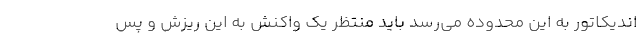
اندیکاتور به این محدوده می‌رسد باید منتظر یک واکنش به این ریزش و پس